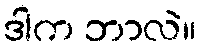
ဒါက ဘာလဲ။